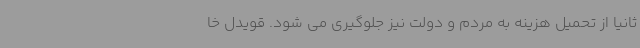
ثانیاً از تحمیل هزینه به مردم و دولت نیز جلوگیری می شود. قویدل خا